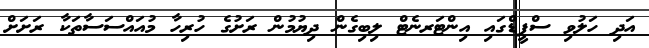
އަދި ހަލުވި ސްޕީޑްގައި އިންޓަރނެޓް ލިބިގެން ދިޔުމުން ރަށުގެ ހުރިހާ މުއައްސަސާތަކާ ރަށަށް